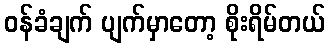
ဝန်ခံချက် ပျက်မှာတော့ စိုးရိမ်တယ်